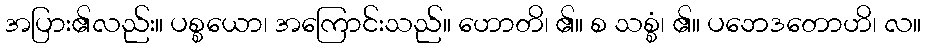
အပြား၏လည်း။ ပစ္စယော၊ အကြောင်းသည်။ ဟောတိ၊ ၏။ စ သစ္စံ၊ ၏။ ပဘေဒတောဟိ၊ လ။